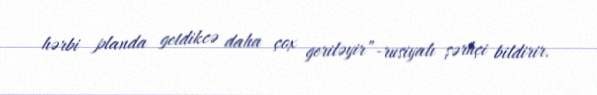
hərbi planda getdikcə daha çox geriləyir”-rusiyalı şərhçi bildirir.